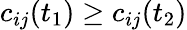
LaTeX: c_{ij}(t_{1})\geq c_{ij}(t_{2})